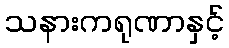
သနားကရုဏာနှင့်